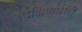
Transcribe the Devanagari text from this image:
दक्षिणपति